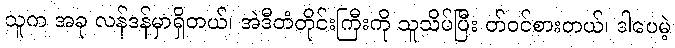
သူက အခု လန်ဒန်မှာရှိတယ်၊ အဲဒီတံတိုင်းကြီးကို သူသိပ်ပြီး တ်ဝင်စားတယ်၊ ဒါပေမဲ့